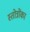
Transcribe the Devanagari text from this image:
स्तोत्रोंका